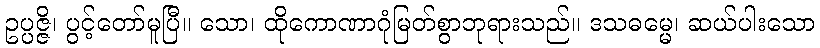
ဥပ္ပဇ္ဇိ၊ ပွင့်တော်မူပြီ။ သော၊ ထိုကောဏာဂုံမြတ်စွာဘုရားသည်။ ဒသဓမ္မေ၊ ဆယ်ပါးသော